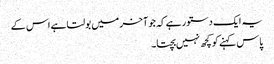
یہ ایک دستور ہے کہ جو آخر میں بولتا ہے اس کے
پاس کہنے کو کچھ نہیں بچتا۔